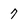
Character: 7